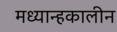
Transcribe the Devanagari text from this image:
मध्यान्हकालीन